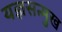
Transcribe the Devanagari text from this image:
यज्ञसन्मुख